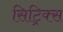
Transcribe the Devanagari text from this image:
सिट्रिक्स